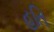
હતિ